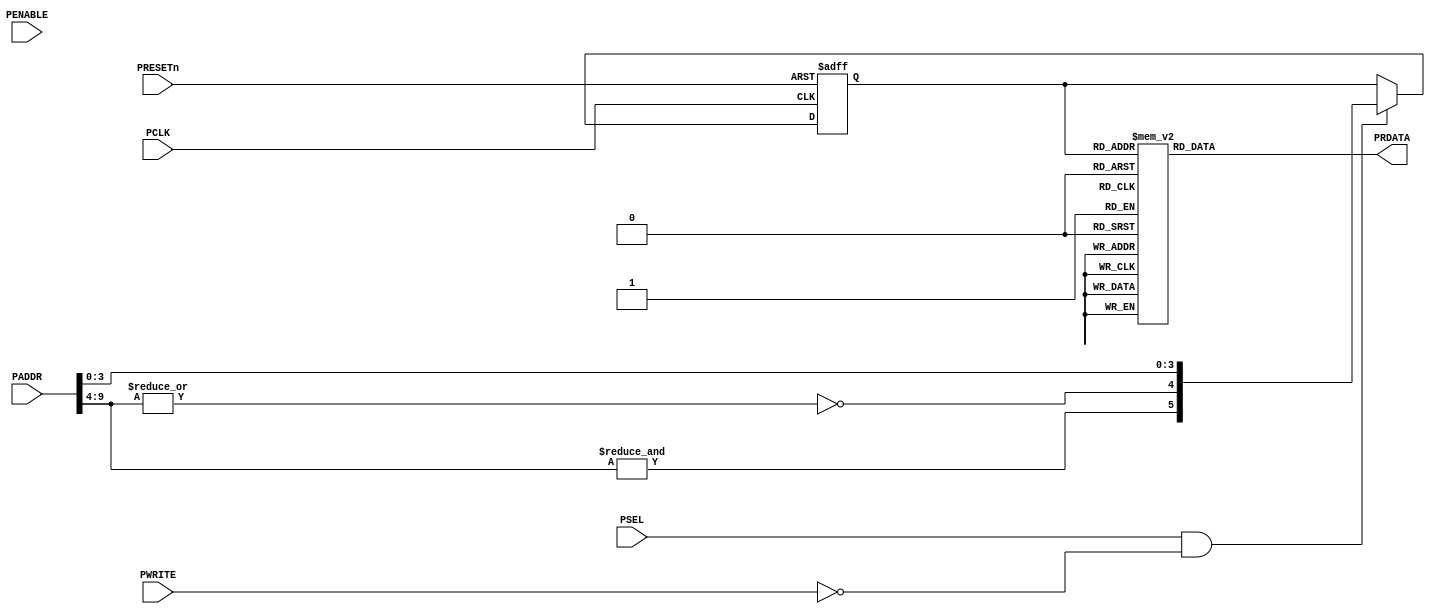
//------------------------------------------------------------------------------
// The confidential and proprietary information contained in this file may
// only be used by a person authorised under and to the extent permitted
// by a subsisting licensing agreement from ARM Limited.
//
//            (C) COPYRIGHT 2004-2010 ARM Limited.
//                ALL RIGHTS RESERVED
//
// This entire notice must be reproduced on all copies of this file
// and copies of this file may only be made by a person if such person is
// permitted to do so under the terms of a subsisting license agreement
// from ARM Limited.
//
//  Revision            : $Revision: 365823 $
//  Release information : CM3DesignStart-r0p0-02rel0
//
// -----------------------------------------------------------------------------
//  ROM Table to identify Coresight Debug components in the system
//  Contains customer modifiable sections for new added peripherals, and
//  ID values for the system.
//  Only supports up to 16 peripheral entries
//
// CID indicates ROM-Table (Device Class 1)
//
// PID 0-4 indicate:
// ARM Part number 4C3 Revision 0
//     Generic Rom Table for Cortex-M3
//
// PID 0-4 should be updated to reflect the actual manufacturer and device code.
// -----------------------------------------------------------------------------

module cm3_rom_table (/*AUTOARG*/
  // Inputs
  PCLK, PRESETn, PSEL, PENABLE, PADDR, PWRITE,
  // Outputs
  PRDATA
  );

  // ---------------------------------------------------------------------------
  // Parameters
  // ---------------------------------------------------------------------------
  parameter DEBUG_LVL = 3;
  parameter TRACE_LVL = 1;

  // Inputs
  //======
  input         PCLK;           //APB Clock
  input         PRESETn;        //APB Reset
  input         PSEL;           //APB Select
  input         PENABLE;        //APB Enable
  input  [11:2] PADDR;          //APB Address
  input         PWRITE;         //APB Write

  // Outputs
  // =======

  output [31:0] PRDATA;         // APB Read Data

  // Local controls
  wire          addr_reg_we;
  wire    [5:0] nxt_addr_reg;
  reg     [5:0] addr_reg;

  // Logic removal
  reg    [31:0] apb_rdata;


  //----------------------------------------------------------------------------
  // ROM table trace not present logic removal terms
  //----------------------------------------------------------------------------
  assign PRDATA  = (DEBUG_LVL > 0) ? apb_rdata : {32{1'b0}};

  // ---------------------------------------------------------------------------
  // Control registration. Map addresses into two regions
  // Only supports 4 LSBs of address
  // ---------------------------------------------------------------------------
  assign addr_reg_we  = PSEL & ~PWRITE;
  assign nxt_addr_reg = {&PADDR[11:6], ~|PADDR[11:6],PADDR[5:2]};

  always @ (posedge PCLK or negedge PRESETn)
    if (!PRESETn)
      addr_reg <= 6'b000000;
    else if (addr_reg_we)
      addr_reg <= nxt_addr_reg;

  // ---------------------------------------------------------------------------
  // Read Multiplexor
  // ---------------------------------------------------------------------------
  always @ (addr_reg)
    case (addr_reg)
      // NVIC (0x000) - Do not modify
      6'b0_1_0000 : apb_rdata = 32'hFFF0F003;
      // DWT  (0x004) - Do not modify
      6'b0_1_0001 : apb_rdata = 32'hFFF02003;
      // FPB  (0x008) - Do not modify
      6'b0_1_0010 : apb_rdata = 32'hFFF03003;
      // ITM  (0x00C) - Do not modify
      6'b0_1_0011 : apb_rdata = (TRACE_LVL > 0) ? 32'hFFF01003 : 32'hFFF01002;

      // --------------------------------------------------------------------
      // Customer modifyable section
      //
      // This two locations are reserved for TPIU and ETM, the
      // address offset values can be change, but do not change to
      // other debug compoennts.  If TPIU or ETM is not present, put
      // the LSB to 0.
      //
      // TPIU (0x010)
      6'b0_1_0100 : apb_rdata = (TRACE_LVL > 0) ? 32'hFFF41003 : 32'hFFF41002;
      // ETM  (0x014)
      6'b0_1_0101 : apb_rdata = (TRACE_LVL > 1) ? 32'hFFF42003 : 32'hFFF42002;

      // Additional debug components can be added here


      // Target Identification IDs - for identification of target platform
      // PID4
      6'b1_0_0100 : apb_rdata = 32'h00000004;
      // PID5
      6'b1_0_0101 : apb_rdata = 32'h00000000;
      // PID6
      6'b1_0_0110 : apb_rdata = 32'h00000000;
      // PID7
      6'b1_0_0111 : apb_rdata = 32'h00000000;
      // PID0
      6'b1_0_1000 : apb_rdata = 32'h000000C3;
      // PID1
      6'b1_0_1001 : apb_rdata = 32'h000000B4;
      // PID2
      6'b1_0_1010 : apb_rdata = 32'h0000000B;
      // PID3
      6'b1_0_1011 : apb_rdata = 32'h00000000;

      // End of customer modifications
      // --------------------------------------------------------------------
      // MEMTYPE - Indicates that system memory can be accessed
      6'b1_0_0011 : apb_rdata = 32'h00000001;
      // Do not modify the following ID registers
      // CID0
      6'b1_0_1100 : apb_rdata = 32'h0000000D;
      // CID1
      6'b1_0_1101 : apb_rdata = 32'h00000010;
      // CID2
      6'b1_0_1110 : apb_rdata = 32'h00000005;
      // CID3
      6'b1_0_1111 : apb_rdata = 32'h000000B1;

      default     : apb_rdata = 32'h00000000;
    endcase

endmodule